38_143685_box_Incident_Summaries_101-172
Agency: Department of War
Page 91
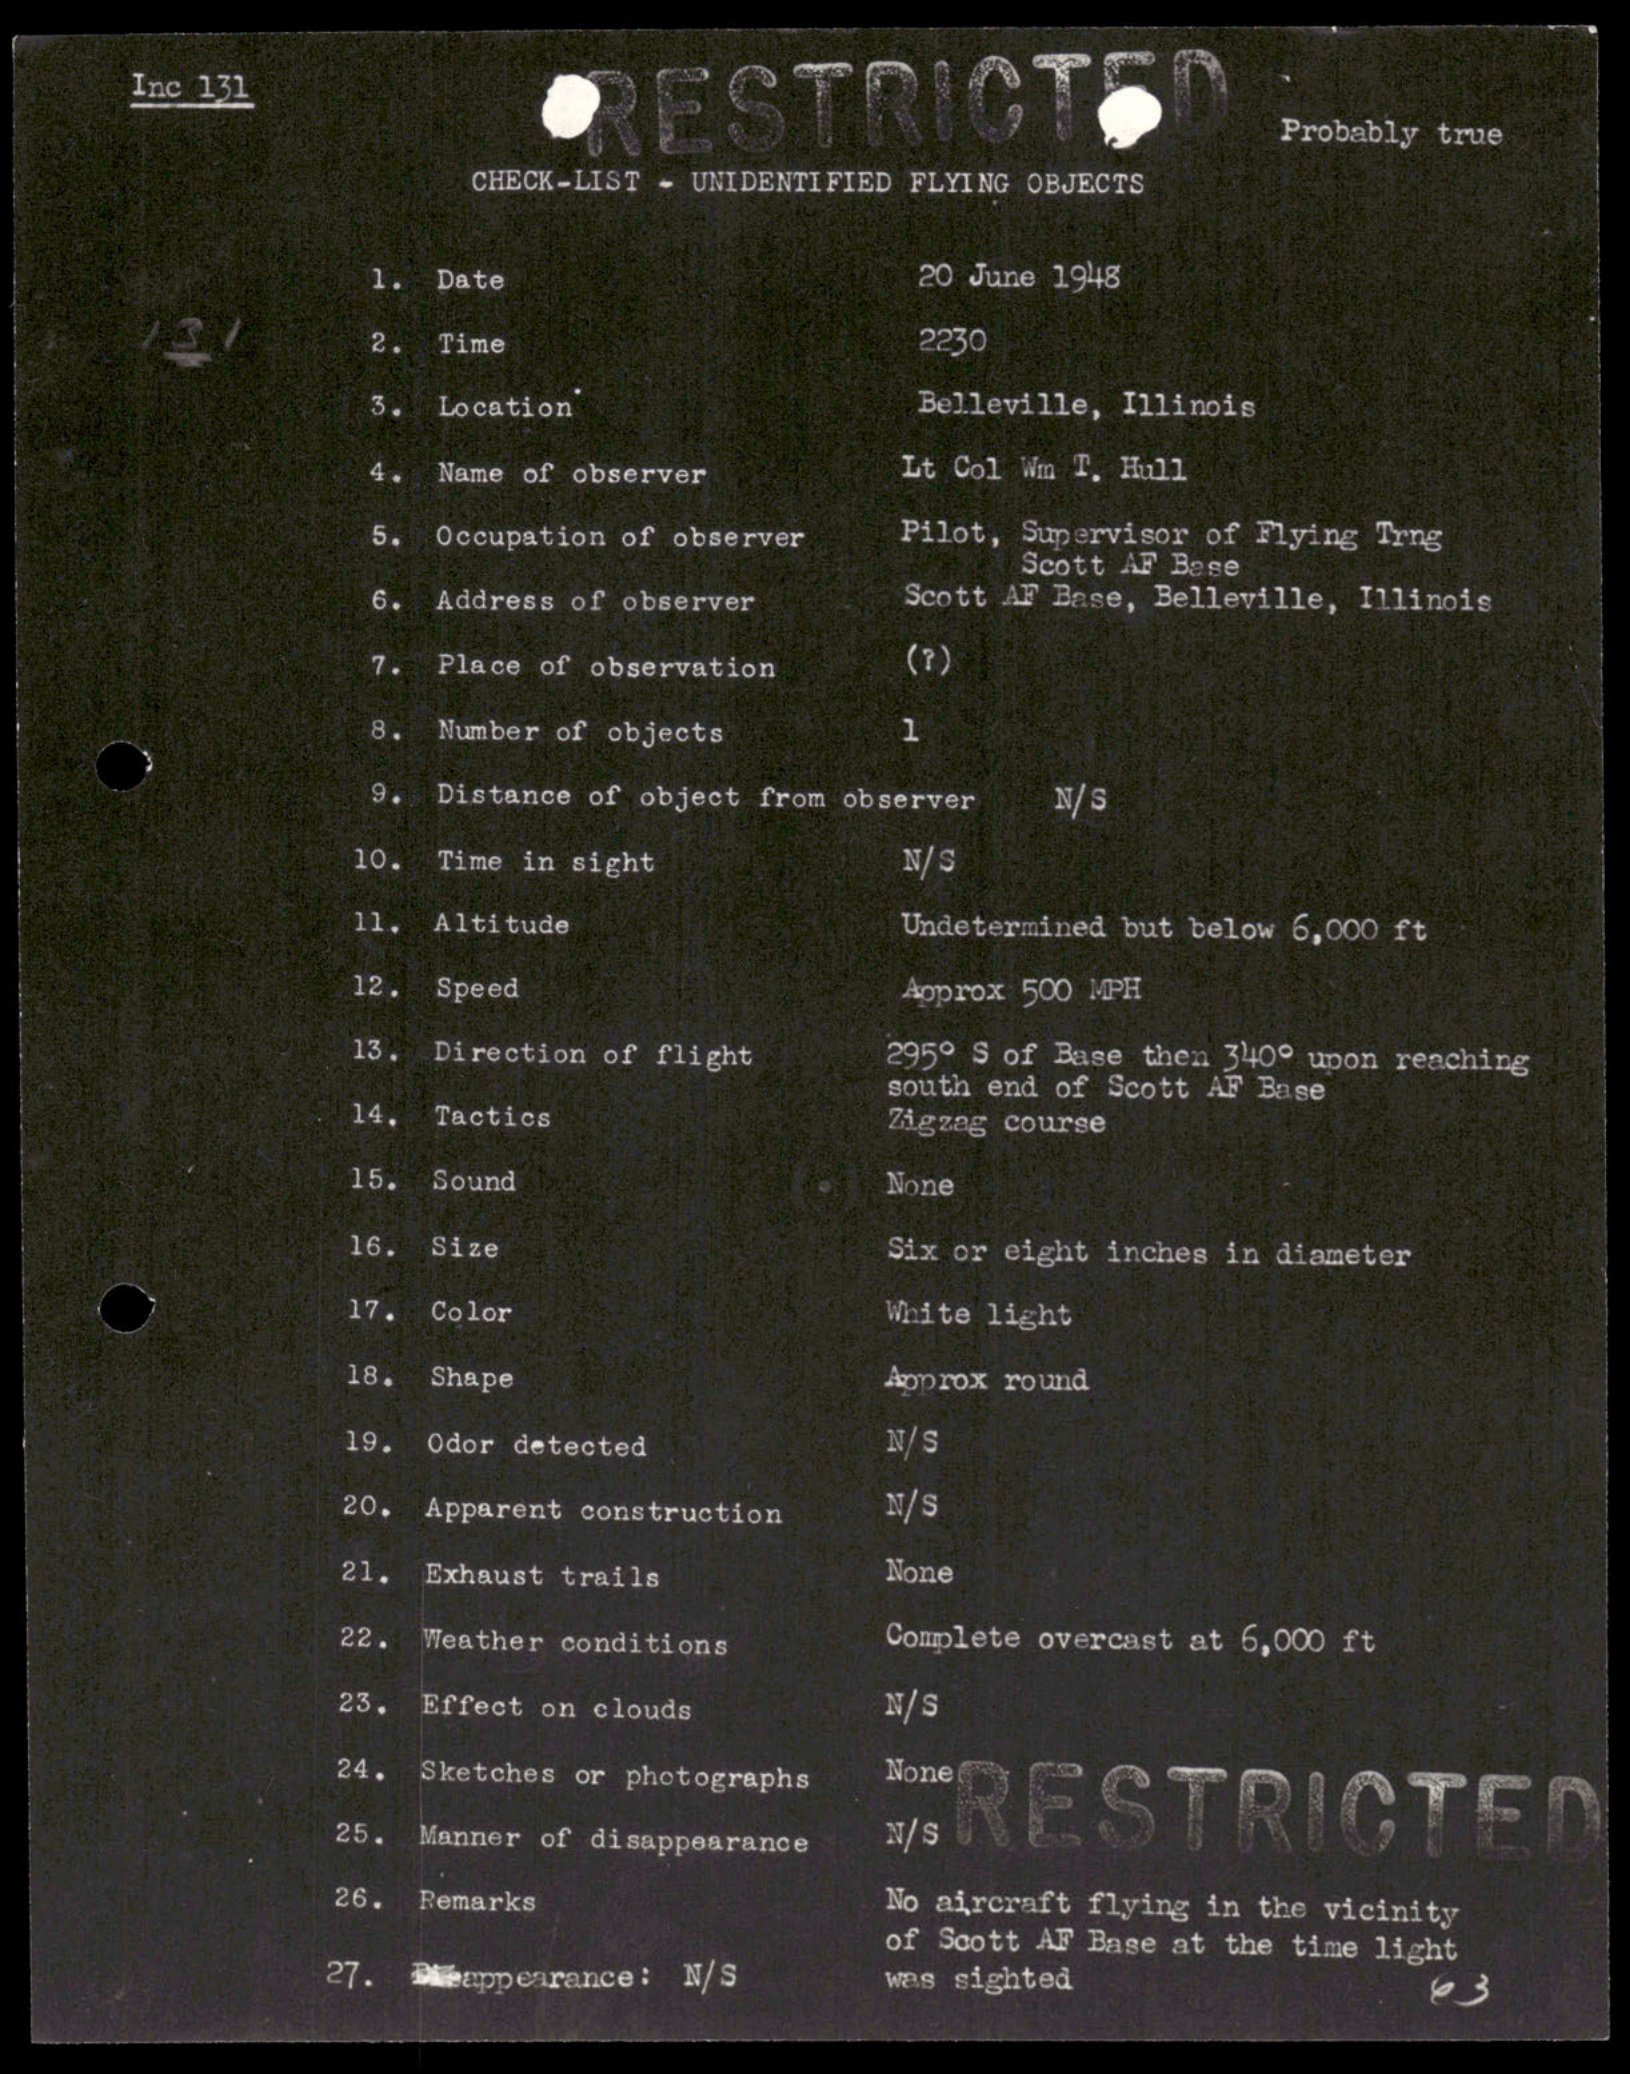